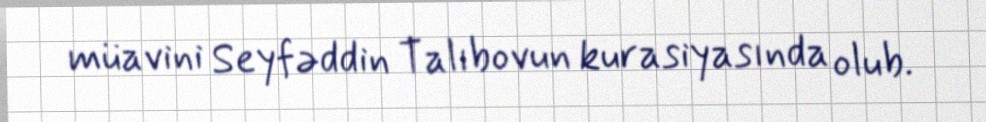
müavini Seyfəddin Talıbovun kurasiyasında olub.